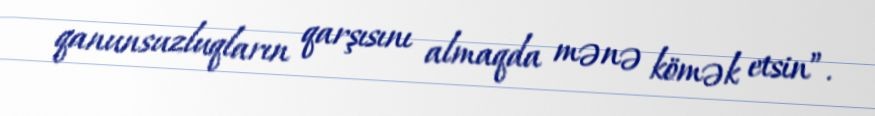
qanunsuzluqların qarşısını almaqda mənə kömək etsin”.